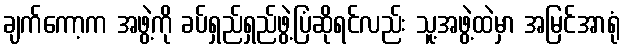
ချက်ကော့က အဖွဲ့ကို ခပ်ရှည်ရှည်ဖွဲ့ပြံဆိုရင်လည်း သူ့အဖွဲ့ထဲမှာ အမြင်အာရုံ